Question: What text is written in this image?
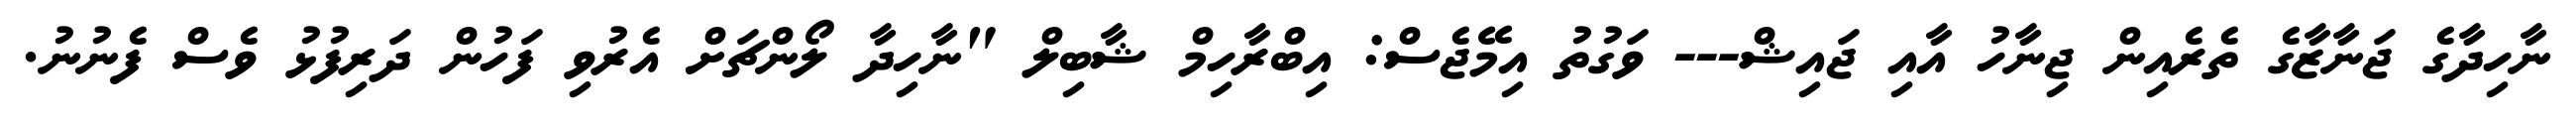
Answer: ނާހިދާގެ ޖަނާޒާގެ ތެރެއިން ޖިނާހު އާއި ޖައިޝް--- ވަގުތު އިމޭޖެސް: އިބްރާހިމް ޝާބިލް "ނާހިދާ ލޯންޗަށް އެރުވި ފަހުން ދަރިފުޅު ވެސް ފެނުނު.